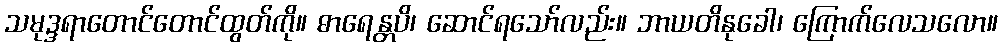
သမုဒ္ဒရာတောင်တောင်ထွတ်ကို။ ဓာရေန္တပိ၊ ဆောင်ရသော်လည်း။ ဘာယတိနုခေါ၊ ကြောက်လေသလော။